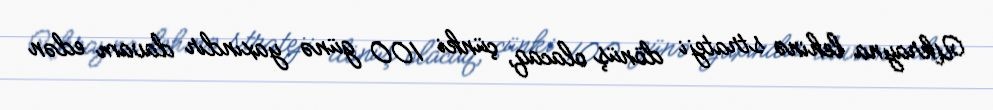
Ukrayna lehinə strateji dönüş olacaq, çünki 100 günə yaxındır davam edən